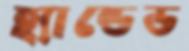
হ্যান্ডেড